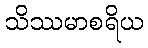
သိဿမာစရိယ